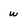
Character: w